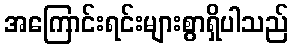
အကြောင်းရင်းများစွာရှိပါသည်